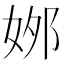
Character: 𡜙